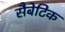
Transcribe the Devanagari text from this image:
सैबेटिक